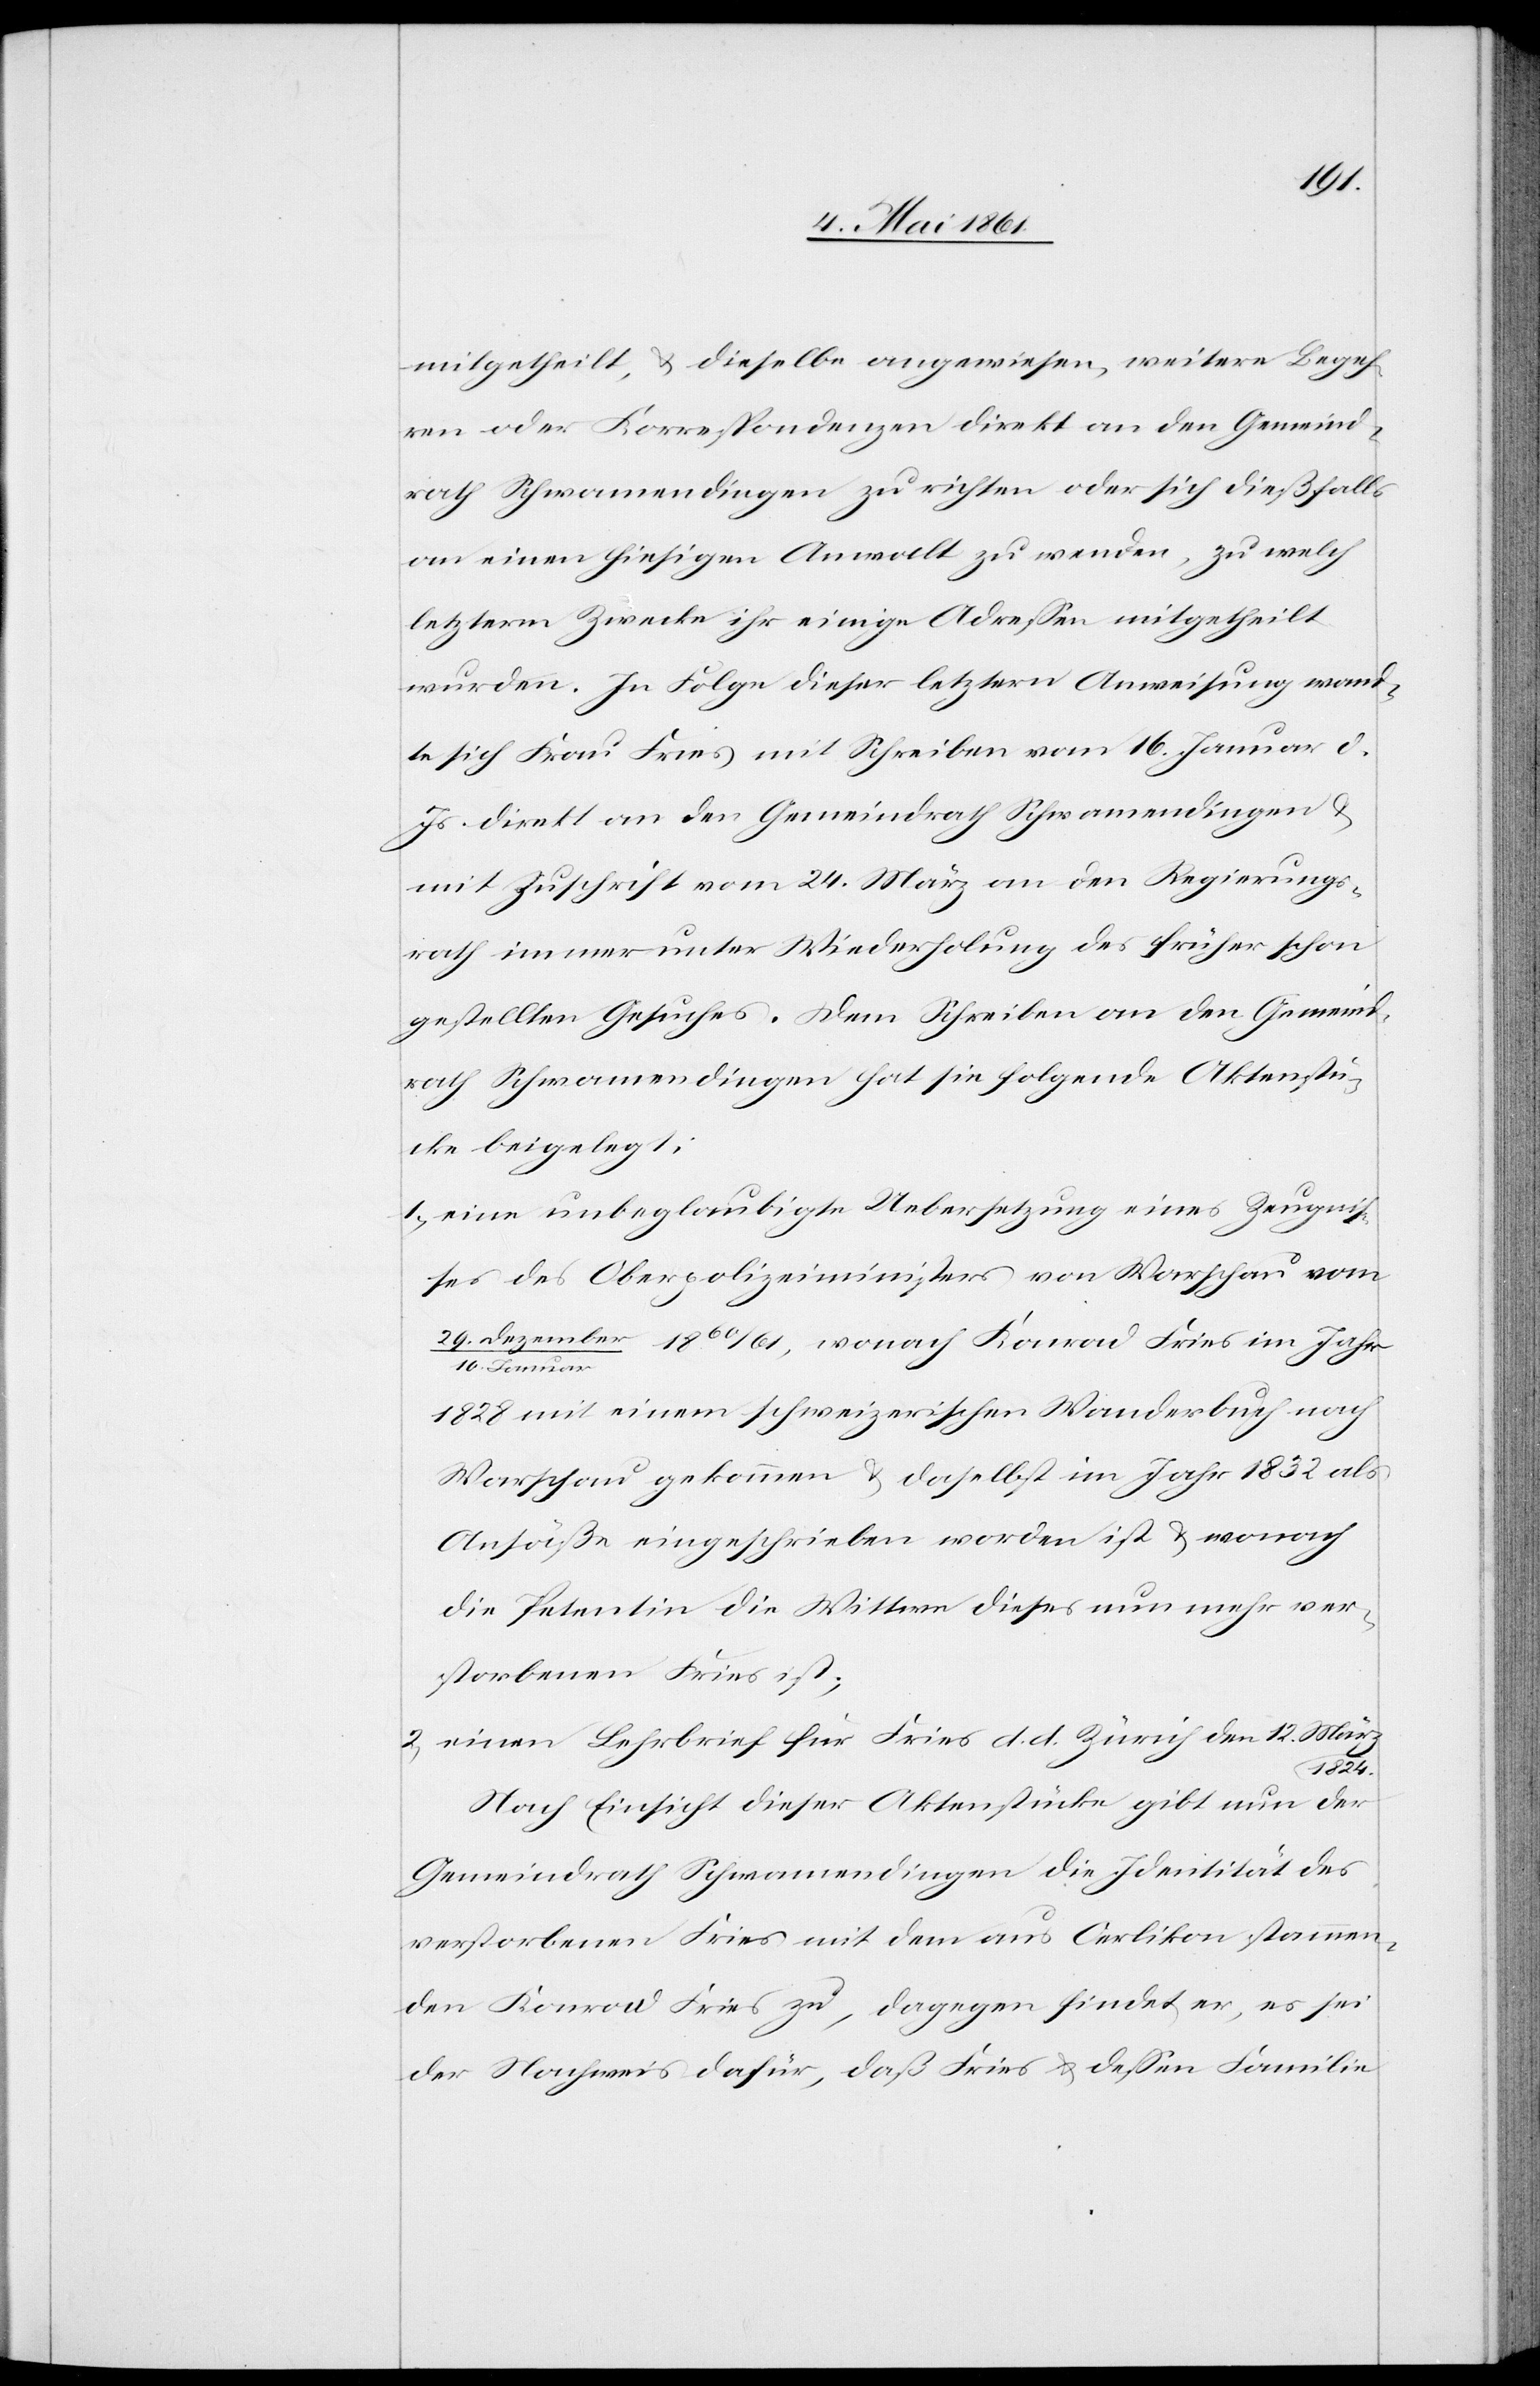
1824.
mitgetheilt, u. dieselbe angewiesen, weitere Begeh¬
ren oder Korrespondenzen direkt an den Gemeind¬
rath Schwamendingen zu richten oder sich dießfalls
an einen hiesigen Anwalt zu wenden, zu welch
letzterm Zwecke ihr einige Adressen mitgetheilt
wurden. In Folge dieser letztern Anweisung wand¬
te sich Frau Fries mit Schreiben vom 16. Januar d.
Js. direkt an den Gemeindrath Schwamendingen u.
mit Zuschrift vom 24. März an den Regierungs¬
rath immer unter Wiederholung des früher schon
gestellten Gesuches. Dem Schreiben an den Gemeind¬
rath Schwamendingen hat sie folgende Aktenstü¬
cke beigelegt:
1) eine unbeglaubigte Uebersetzung eines Zeugnis¬
ses des Oberpolizeiministers von Warschau vom
29. Dezember / 10. Januar 1860/61, wonach Konrad Fries im Jahr
1828 mit einem schweizerischen Wanderbuch nach
Warschau gekommen u. daselbst im Jahr 1832 als
Ansäße eingeschrieben worden ist u. wonach
die Petentin die Wittwe dieses nun mehr ver¬
storbenen Fries ist;
2) einen Lehrbrief für Fries d. d. Zürich den 12. März
Nach Einsicht dieser Aktenstücke gibt nun der
Gemeindrath Schwamendingen die Identität des
verstorbenen Fries mit dem aus Oerlikon stammen¬
den Konrad Fries zu, dagegen findet er, es sei
der Nachweis dafür, daß Fries u. dessen Familie